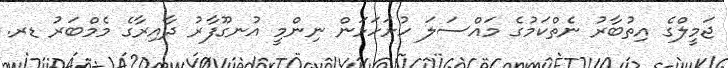
ޖަމީލްގެ އިތުބާރު ނެތްކަމުގެ މައްސަލަ ހުށަހަޅަން ނިންމީ އުނގޫފާރު ދާއިރާގެ މެމްބަރު ޑރ.